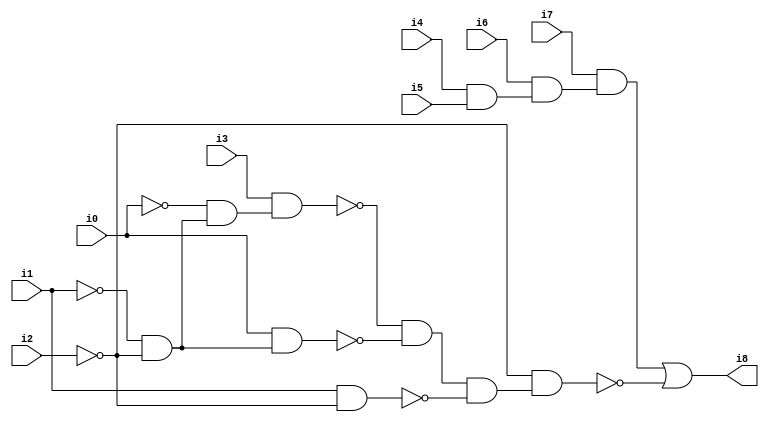
// Benchmark "SKOLEMFORMULA" written by ABC on Mon May  4 15:53:46 2020

module SKOLEMFORMULA ( 
    i0, i1, i2, i3, i4, i5, i6, i7,
    i8  );
  input  i0, i1, i2, i3, i4, i5, i6, i7;
  output i8;
  wire n10, n11, n12, n13, n14, n15, n16, n17, n18, n19, n20;
  assign n10 = i4 & i5;
  assign n11 = i6 & n10;
  assign n12 = i7 & n11;
  assign n13 = ~i1 & ~i2;
  assign n14 = ~i0 & n13;
  assign n15 = i3 & n14;
  assign n16 = i0 & n13;
  assign n17 = ~n15 & ~n16;
  assign n18 = i1 & ~i2;
  assign n19 = n17 & ~n18;
  assign n20 = ~i2 & n19;
  assign i8 = n12 | ~n20;
endmodule